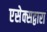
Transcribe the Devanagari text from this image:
एसेक्सद्वारा